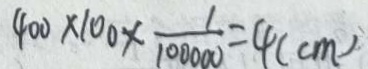
4 0 0 \times 1 0 0 \times \frac { 1 } { 1 0 0 0 0 0 } = 4 ( c m )